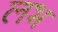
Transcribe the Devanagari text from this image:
लभ